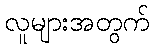
လူများအတွက်